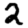
Digit: 2